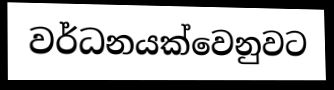
වර්ධනයක්වෙනුවට